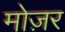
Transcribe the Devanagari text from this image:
मोज़र